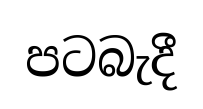
පටබැදී